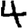
Digit: 4